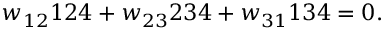
w _ { 1 2 } \d 1 2 4 + w _ { 2 3 } \d 2 3 4 + w _ { 3 1 } \d 1 3 4 = 0 .